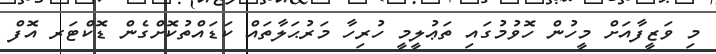
މި ވަޒީފާއަށް މީހުން ހޮވުމުގައި ތަޢުލީމީ ހުރިހާ މަރުޙަލާތައް ކަޑައްތުކޮށްގެން ޑޮކްޓަރ އޮފް